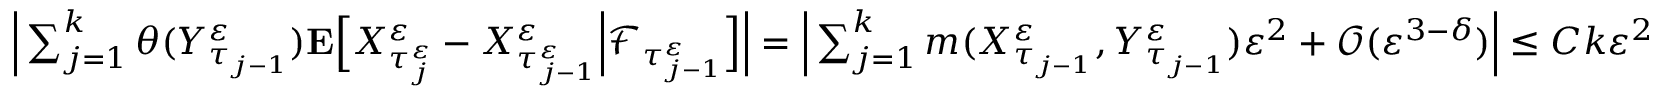
\begin{array} { r } { \Big | \sum _ { j = 1 } ^ { k } \theta ( Y _ { \tau _ { j - 1 } } ^ { \varepsilon } ) \mathbf { E } \Big [ X _ { \tau _ { j } ^ { \varepsilon } } ^ { \varepsilon } - X _ { \tau _ { j - 1 } ^ { \varepsilon } } ^ { \varepsilon } \Big | \mathscr { F } _ { \tau _ { j - 1 } ^ { \varepsilon } } \Big ] \Big | = \Big | \sum _ { j = 1 } ^ { k } m ( X _ { \tau _ { j - 1 } } ^ { \varepsilon } , Y _ { \tau _ { j - 1 } } ^ { \varepsilon } ) \varepsilon ^ { 2 } + \mathcal O ( \varepsilon ^ { 3 - \delta } ) \Big | \leq C k \varepsilon ^ { 2 } } \end{array}